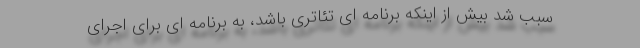
سبب شد بیش از اینکه برنامه ای تئاتری باشد، به برنامه ای برای اجرای